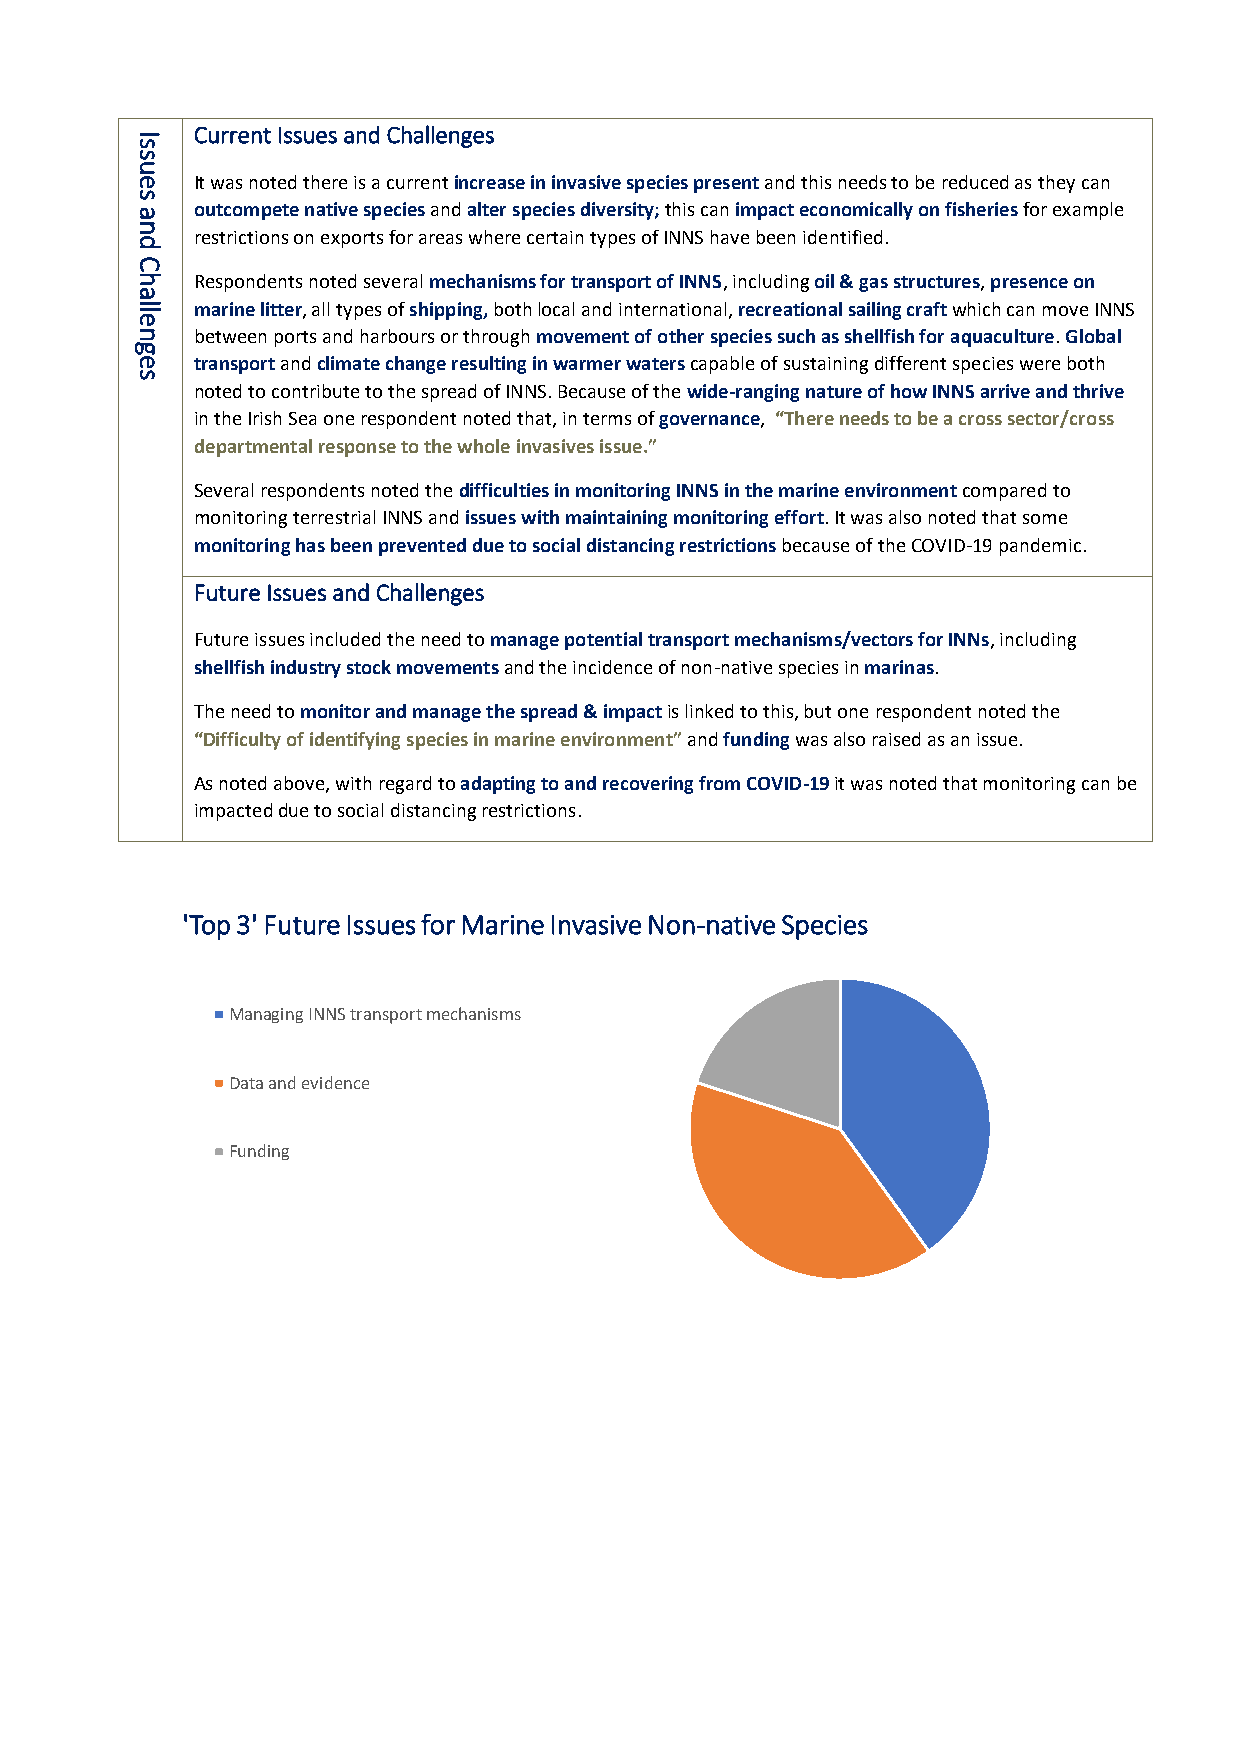
Current Issues and Challenges
 I
 s
 s
 u
 e   It was noted there is a current increase in invasive species present and this needs to be reduced as they can
 s
 a   outcompete native species and alter species diversity; this can impact economically on fisheries for example
 n
 restrictions on exports for areas where certain types of INNS have been identified.
 d
 C
 h   Respondents noted several mechanisms for transport of INNS, including oil & gas structures, presence on
 a
 lle marine litter, all types of shipping, both local and international, recreational sailing craft which can move INNS
 n   between ports and harbours or through movement of other species such as shellfish for aquaculture. Global
 g
 e   transport and climate change resulting in warmer waters capable of sustaining different species were both
 s
 noted to contribute to the spread of INNS. Because of the wide-ranging nature of how INNS arrive and thrive
 in the Irish Sea one respondent noted that, in terms of governance, “There needs to be a cross sector/cross
 departmental response to the whole invasives issue.”
 Several respondents noted the difficulties in monitoring INNS in the marine environment compared to
 monitoring terrestrial INNS and issues with maintaining monitoring effort. It was also noted that some
 monitoring has been prevented due to social distancing restrictions because of the COVID-19 pandemic.
 Future Issues and Challenges
 Future issues included the need to manage potential transport mechanisms/vectors for INNs, including
 shellfish industry stock movements and the incidence of non-native species in marinas.
 The need to monitor and manage the spread & impact is linked to this, but one respondent noted the
 “Difficulty of identifying species in marine environment” and funding was also raised as an issue.
 As noted above, with regard to adapting to and recovering from COVID-19 it was noted that monitoring can be
 impacted due to social distancing restrictions.
 'Top 3' Future Issues for Marine Invasive Non-native Species
 Managing INNS transport mechanisms
 Data and evidence
 Funding